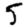
Digit: 5